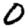
Digit: 0